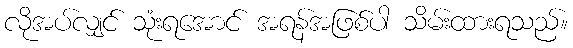
လိုအပ်လျှင် သုံးရအောင် အရန်အဖြစ်ပါ သိမ်းထားရသည်။